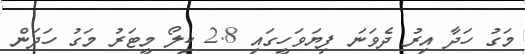
މަގު ހަދާ އިރު ދެވަނަ ފިޔަވަހީގައި 2.8 ކިލޯ މީޓަރު މަގު ހަދަން